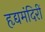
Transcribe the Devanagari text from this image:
हृद्यमंदिरीं